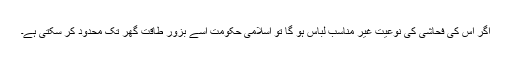
اگر اس کی فحاشی کی نوعیت غیر مناسب لباس ہو گا تو اسلامی حکومت اسے بزور طاقت گھر تک محدود کر سکتی ہے۔